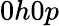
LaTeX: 0h0p